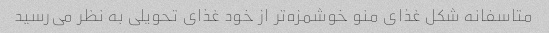
متاسفانه شکل غذای منو خوشمزه‌تر از خود غذای تحویلی به نظر می‌رسید